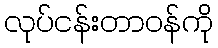
လုပ်ငန်းတာဝန်ကို